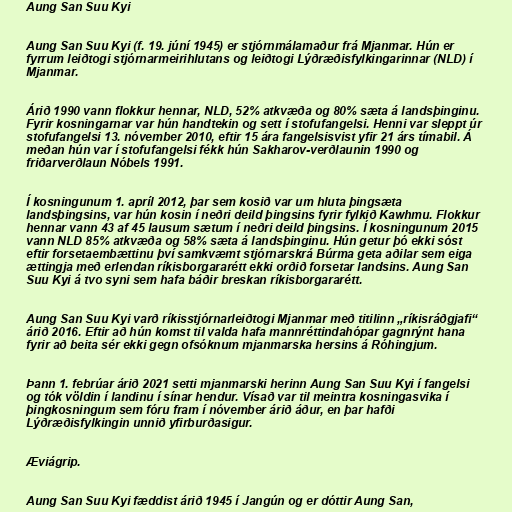
Aung San Suu Kyi

Aung San Suu Kyi (f. 19. júní 1945) er stjórnmálamaður frá Mjanmar. Hún er
fyrrum leiðtogi stjórnarmeirihlutans og leiðtogi Lýðræðisfylkingarinnar (NLD) í
Mjanmar.

Árið 1990 vann flokkur hennar, NLD, 52% atkvæða og 80% sæta á landsþinginu.
Fyrir kosningarnar var hún handtekin og sett í stofufangelsi. Henni var sleppt úr
stofufangelsi 13. nóvember 2010, eftir 15 ára fangelsisvist yfir 21 árs tímabil. Á
meðan hún var í stofufangelsi fékk hún Sakharov-verðlaunin 1990 og
friðarverðlaun Nóbels 1991.

Í kosningunum 1. apríl 2012, þar sem kosið var um hluta þingsæta
landsþingsins, var hún kosin í neðri deild þingsins fyrir fylkið Kawhmu. Flokkur
hennar vann 43 af 45 lausum sætum í neðri deild þingsins. Í kosningunum 2015
vann NLD 85% atkvæða og 58% sæta á landsþinginu. Hún getur þó ekki sóst
eftir forsetaembættinu því samkvæmt stjórnarskrá Búrma geta aðilar sem eiga
ættingja með erlendan ríkisborgararétt ekki orðið forsetar landsins. Aung San
Suu Kyi á tvo syni sem hafa báðir breskan ríkisborgararétt.

Aung San Suu Kyi varð ríkisstjórnarleiðtogi Mjanmar með titilinn „ríkisráðgjafi“
árið 2016. Eftir að hún komst til valda hafa mannréttindahópar gagnrýnt hana
fyrir að beita sér ekki gegn ofsóknum mjanmarska hersins á Róhingjum.

Þann 1. febrúar árið 2021 setti mjanmarski herinn Aung San Suu Kyi í fangelsi
og tók völdin í landinu í sínar hendur. Vísað var til meintra kosningasvika í
þingkosningum sem fóru fram í nóvember árið áður, en þar hafði
Lýðræðisfylkingin unnið yfirburðasigur.

Æviágrip.

Aung San Suu Kyi fæddist árið 1945 í Jangún og er dóttir Aung San,